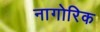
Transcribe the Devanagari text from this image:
नागोरिक